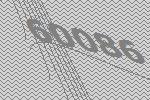
60086